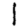
Digit: 1